Vital statistics of India. Vol. IV, Annual returns from 1871 to 1876. British Army of India, Native Army and jails of Bengal
Year: 1871
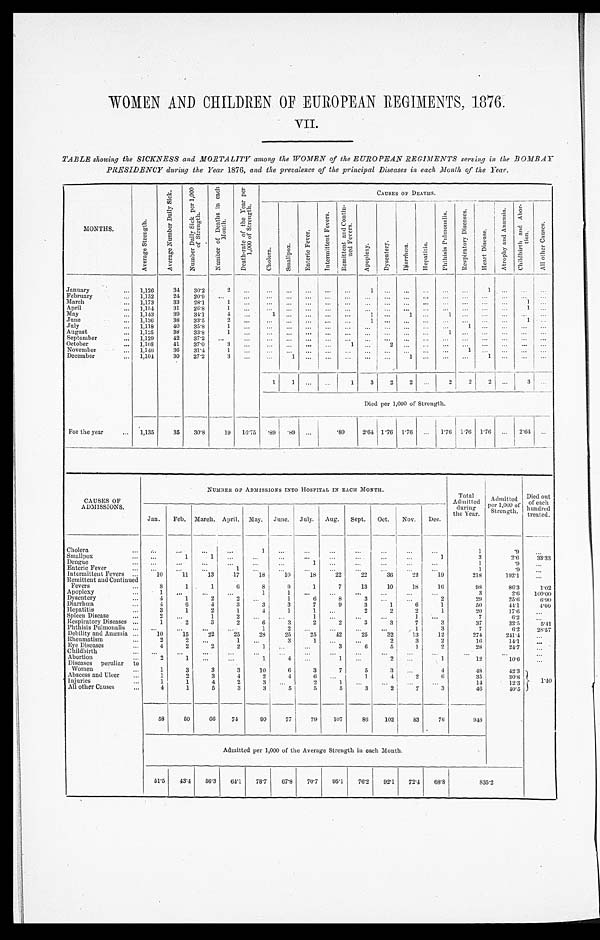
WOMEN AND CHILDREN OF EUROPEAN REGIMENTS, 1876.
VII.
TABLE showing the SICKNESS and MORTALITY among the WOMEN of the EUROPEAN REGIMENTS serving in the BOMBAY
PRESIDENCY during the Year 1876, and the prevalence of the principal Diseases in each Month of the Year.
MONTHS.
A v e r a g e S t r e n g t h .
A v e r a g e N u m b e r D a i l y S i c k . N u m b e r D a i l y S i c k p e r 1 , 0 0 0
o f S t r e n g t h .
N u m b e r o f D e a t h s i n e a c h
M o n t h .
D e a t h - r a t e o f t h e Y e a r p e r
1 , 0 0 0 o f S t r e n g t h .
C A U S E S O F D E A T H S .
C h o l e r a .
S m a l l p o x .
E n t e r i c F e v e r s .
F e v e r s , I n t e r m i t t e n t . F e v e r s , R e m i t t e n t a n d
C o n t i n u e d F e v e r s .
A p o p l e x y .
D y s e n t e r y .
D i a r r h œ a . H e p a t i s i s .
Ph t h i s i s Pu l mo n a l i s .
R e s p i r a t o r y D i s e a s e s .
H e a r t D i s e a s e s .
A t r o p h y a n d A n æ m i a . C h i l d b i r t h a n d A b o r -
t i on.
A l l o t h e r C a u s e s .
January
1,126 34 30.2
2
1
1
February
1,152 24 20.9
March
1,173 33 28.1
1
1
April
1,154 31 26.8
1
1
May
1,143 39 34.1
4
1
1
1
1
June
1,136 38 33.5 2
1
1
July 1,118 40 35.8
1
1
August
1,125 38 33.8 1
1
September
1,129 42 37.2
October
1,108 41 37.0
3
1
2
November
1,146 36 31.4
1
1
December
1,104 30 27.2
3
1
1
1
1 1
1 3 2 2
2 2 2
3
D i e d p e r 1 , 0 0 0 o f S t r e n g t h .
For the year
1,135 35 30.8 19 16.75 . 89 . 8 9
.89 2.64 1.76 1.76
1.76 1.76 1.76
2.64
CAUSES OF
ADMISSIONS.
NUMBER OF ADMISSIONS INTO HOSPITAL IN EACH MONTH.
Total
Admitted during
the Year.
Admitted
per 1,000 of
t he Year .
Died out
of each
hundred treated.
Jan. Feb. March. April. May. June. July. Aug. Sept. Oct. Nov. Dec.
Chol era
1
1
.9
Smallpox
1
1
1
3
2.6 33.33
Dengue
1
1
.9
Enteric Fever
1
1
. 9
Intermittent Fevers
10 11 13 17 18 10 18 22 22 36 22 19
218
192.1
Remittent and Continued
Fevers
Apoplexy
8 1
1
1
6
8 1
9 1
1
7 13 10 18 16
98 3
86.3 2.6 1 . 0 2
100.00
Dysentery
4
1
2
2
1
6
8
3
2
29
25.6 6 . 9 0
Diarrhœa
4
6
4
3
3
3
7
9
3
1
6
1
50
44.1 4 . 0 0
Hepatitis
3
1
2
1
4
1
1
2
2
2
1
20
1 7 . 6
Spl een Di sease
2
1
2
1
1
7
6.2
Respi ratory Di seases
1
2
3
2
6
3
2
2
3
3
7
3
37
32.5 5 . 4 1
Phthisis Pulmonalis
1
2
1
3
7
6.2 28.57
Debility and Anæmia 10 15 22 25 28 25 25 42 25 32 13 12
274
241.4
Rheumati sm
2
2
1
3
1
2
3
2
16
14.1
Eye Di seases
4
2
2
2
1
3
6
5
1
2
28
24.7
Childbirth Abortion
2
1
1
4
1
2
1
12
10.6
Diseases peculiar to
Women
1
3
3
3 10
6
3
7
5
3
4
48
42.3 1 . 4 0
Abscess and Ul cer
1
2
3
4
2
4
6
1
4
2
6
35
30.8
Injuries
1
1
4
2
3
2
1
14
12.3
Al l other Causes
4
1
5
3
3
5
5
5
3
2
7
3
46
4 0 . 5
58 50 66 74
90 77 79 107 86 102 83 76
948
Month.
51.5 43.4 50.3 64. 1 78.7 67.8 70.7 95.1 76.2 92.1 72.4 68.8
8 3 5 . 2